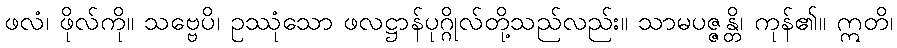
ဖလံ၊ ဖိုလ်ကို။ သဗ္ဗေပိ၊ ဥဿုံသော ဖလဋ္ဌာန်ပုဂ္ဂိုလ်တို့သည်လည်း။ သာမပဇ္ဇန္တိ၊ ကုန်၏။ ဣတိ၊